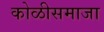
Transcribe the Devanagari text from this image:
कोळीसमाजा